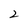
Character: 2